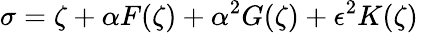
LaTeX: \sigma=\zeta+\alpha F(\zeta)+\alpha^{2}G(\zeta)+\epsilon^{2}K(\zeta)\,